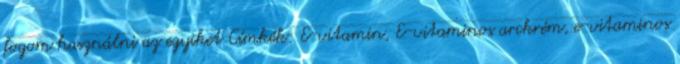
fogom használni az egyiket Címkék: E-vitamin, E-vitaminos arckrém, e-vitaminos